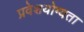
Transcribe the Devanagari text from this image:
प्रवेशयोग्यता